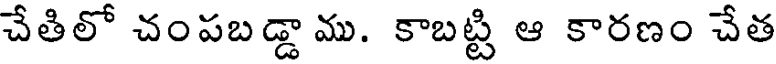
చేతిలో చంపబడ్డాము. కాబట్టి ఆ కారణం చేత